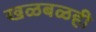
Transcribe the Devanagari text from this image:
खळबळही